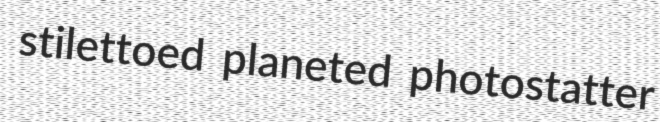
stilettoed planeted photostatter